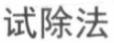
试除法